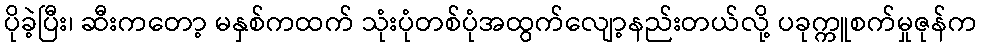
ပိုခဲ့ပြီး၊ ဆီးကတော့ မနှစ်ကထက် သုံးပုံတစ်ပုံအထွက်လျော့နည်းတယ်လို့ ပခုက္ကူစက်မှုဇုန်က